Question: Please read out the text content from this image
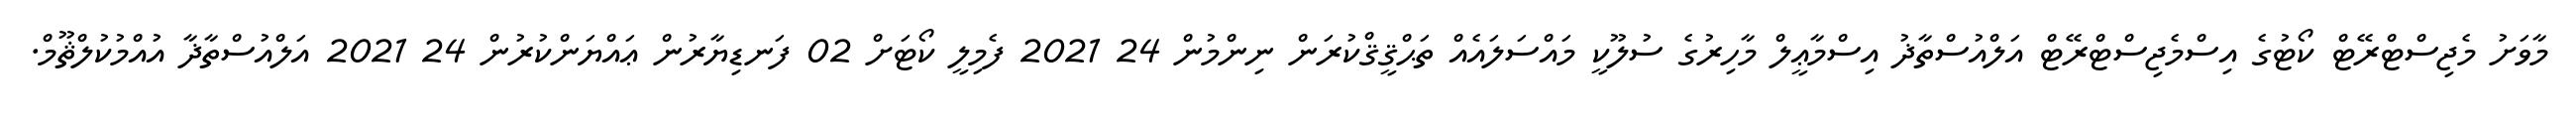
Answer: މާވަށު މެޖިސްޓްރޭޓް ކޯޓުގެ އިސްމެޖިސްޓްރޭޓް އަލްއުސްތާޛު އިސްމާޢީލް މާހިރުގެ ސުލޫކީ މައްސަލައެއް ތަޙްޤީޤްކުރަން ނިންމުން 24 2021 ފެމިލީ ކޯޓަށް 02 ފަނޑިޔާރުން ޢައްޔަންކުރުން 24 2021 އަލްއުސްތާޛާ އުއްމުކުލްޘޫމް.